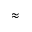
\approx